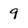
Character: 9